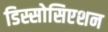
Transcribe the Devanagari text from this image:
डिस्सोसिएशन